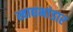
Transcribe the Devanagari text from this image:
खाद्यभांडार